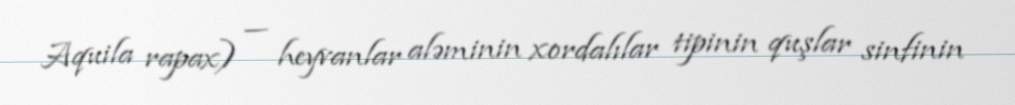
Aquila rapax) — heyvanlar aləminin xordalılar tipinin quşlar sinfinin